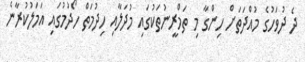
ދެ ދުވަހުގެ މުއްދަތަށް ހިންގާ މި ތަމްރީނުތަކުގައި މުދަލާއި ހިދުމަތް ހޯދުމުގައި އަމަލުކުރާނެ